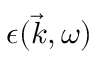
\epsilon ( \vec { k } , \omega )